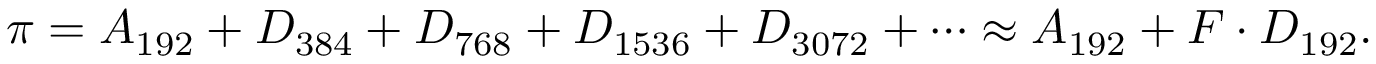
{ } \pi = A _ { 1 9 2 } + D _ { 3 8 4 } + D _ { 7 6 8 } + D _ { 1 5 3 6 } + D _ { 3 0 7 2 } + \cdots \approx A _ { 1 9 2 } + F \cdot D _ { 1 9 2 } .